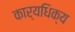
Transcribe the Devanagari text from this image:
कार्यधिक्य